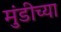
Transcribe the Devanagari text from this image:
मुंडीच्या